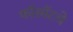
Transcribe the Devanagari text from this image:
फॉरमॅटचे